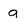
Character: a